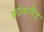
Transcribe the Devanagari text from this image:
फ्रांकलैंड